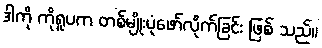
ဒါကို ကိုရူပက တစ်မျိုးပုံဖော်လိုက်ခြင်း ဖြစ် သည်။